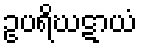
ဥပရိဃဋာယံ